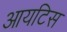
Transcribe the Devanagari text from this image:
आयटिस